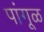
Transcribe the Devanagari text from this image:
पांगूळ